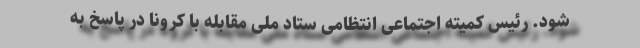
شود. رئیس کمیته اجتماعی انتظامی ستاد ملی مقابله با کرونا در پاسخ به